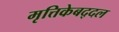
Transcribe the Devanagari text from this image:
मृत्तिकेबद्दल